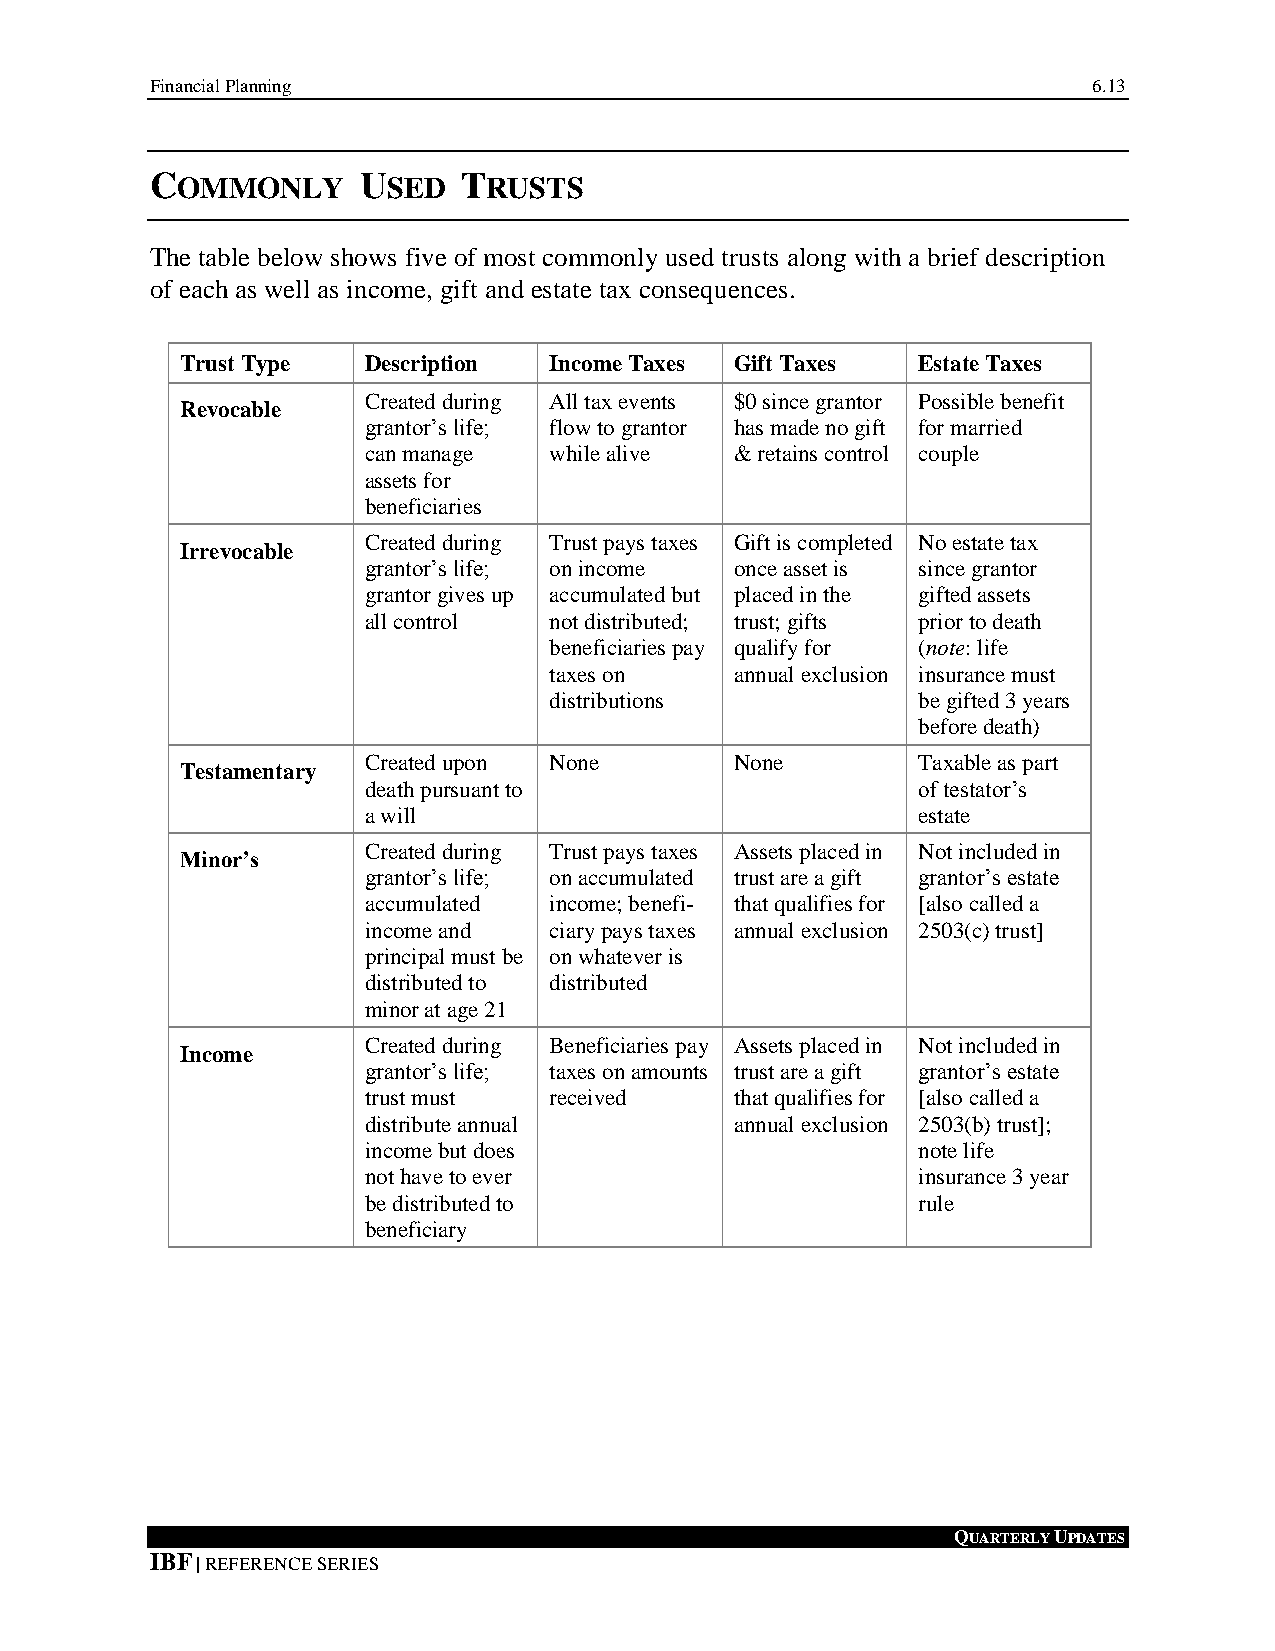
Financial Planning                                            6.13
 COMMONLY      USED   TRUSTS
 The table below shows five of most commonly used trusts along with a brief description
 of each as well as income, gift and estate tax consequences.
 Trust Type  Description Income Taxes Gift Taxes  Estate Taxes
 Created during All tax events $0 since grantor Possible benefit
 Revocable
 grantor’s life; flow to grantor has made no gift for married
 can manage  while alive  & retains control couple
 assets for
 beneficiaries
 Created during Trust pays taxes Gift is completed No estate tax
 Irrevocable
 grantor’s life; on income once asset is since grantor
 grantor gives up accumulated but placed in the gifted assets
 all control not distributed; trust; gifts prior to death
 beneficiaries pay qualify for (note: life
 taxes on     annual exclusion insurance must
 distributions            be gifted 3 years
 before death)
 Created upon None        None        Taxable as part
 Testamentary
 death pursuant to                    of testator’s
 a will                               estate
 Created during Trust pays taxes Assets placed in Not included in
 Minor’s
 grantor’s life; on accumulated trust are a gift grantor’s estate
 accumulated income; benefi- that qualifies for [also called a
 income and  ciary pays taxes annual exclusion 2503(c) trust]
 principal must be on whatever is
 distributed to distributed
 minor at age 21
 Created during Beneficiaries pay Assets placed in Not included in
 Income
 grantor’s life; taxes on amounts trust are a gift grantor’s estate
 trust must  received     that qualifies for [also called a
 distribute annual        annual exclusion 2503(b) trust];
 income but does                      note life
 not have to ever                     insurance 3 year
 be distributed to                    rule
 beneficiary
 QUARTERLY UPDATES
 IBF | REFERENCE SERIES